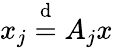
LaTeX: x_{j}\overset{\mathrm{d}}{=}A_{j}x